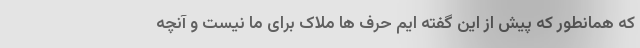
که همانطور که پیش از این گفته ایم حرف ها ملاک برای ما نیست و آنچه